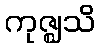
ကုဇ္ဈသိ